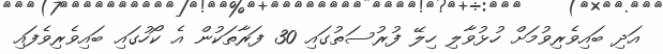
އަދި ބައިވެރިވުމަށް ހުޅުވާލި ހިލޭ ފުރުސަތުގައި 30 ފަރާތަކުން އެ ކޯހުގައި ބައިވެރިވެފައި